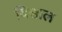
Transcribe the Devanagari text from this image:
विश्वाल